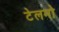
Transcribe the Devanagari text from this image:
टेलमो